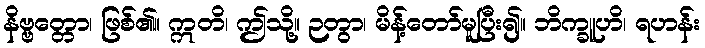
နိဗ္ဗတ္တော၊ ဖြစ်၏။ ဣတိ၊ ဤသို့။ ဉတွာ၊ မိန့်တော်မူပြီး၍။ ဘိက္ခူဟိ၊ ရဟန်း